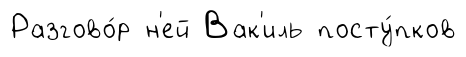
Разгово́р н'ей Вак'иль посту́пков